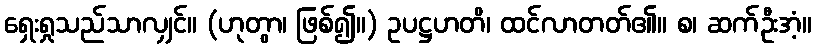
ရှေးရှုသည်သာလျှင်။ (ဟုတွာ၊ ဖြစ်၍။) ဥပဋ္ဌဟတိ၊ ထင်လာတတ်၏။ စ၊ ဆက်ဦးအံ့။